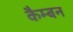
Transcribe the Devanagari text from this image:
कैम्बन